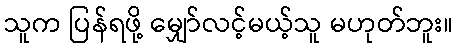
သူက ပြန်ရဖို့ မျှော်လင့်မယ့်သူ မဟုတ်ဘူး။